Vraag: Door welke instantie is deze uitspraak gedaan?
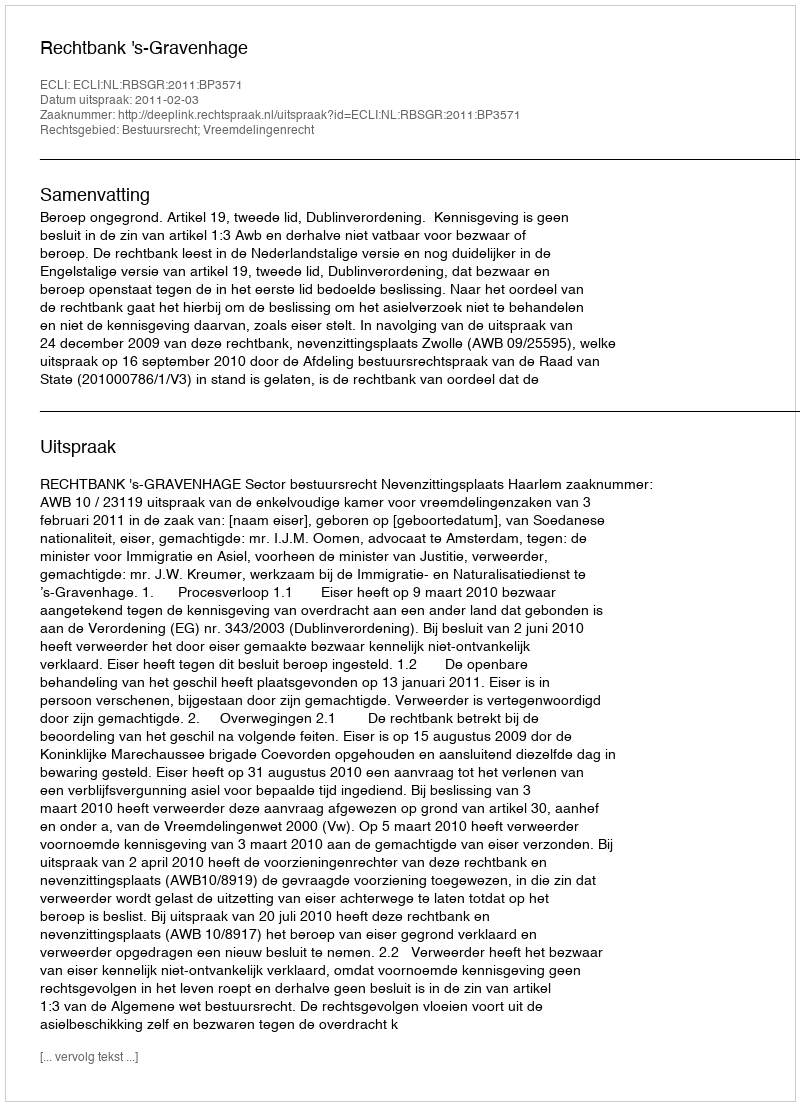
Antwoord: Rechtbank 's-Gravenhage